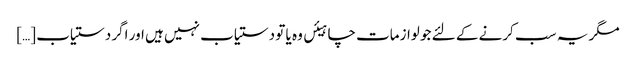
مگر یہ سب کرنے کے لئے جو لوازمات چاہیئں وہ یا تو دستیاب نہیں ہیں اور اگر دستیاب […]